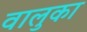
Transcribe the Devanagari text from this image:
वालुका